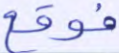
فوقع